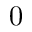
0